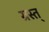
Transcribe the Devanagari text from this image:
ग्रस्त्